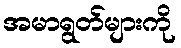
အမာရွတ်များကို